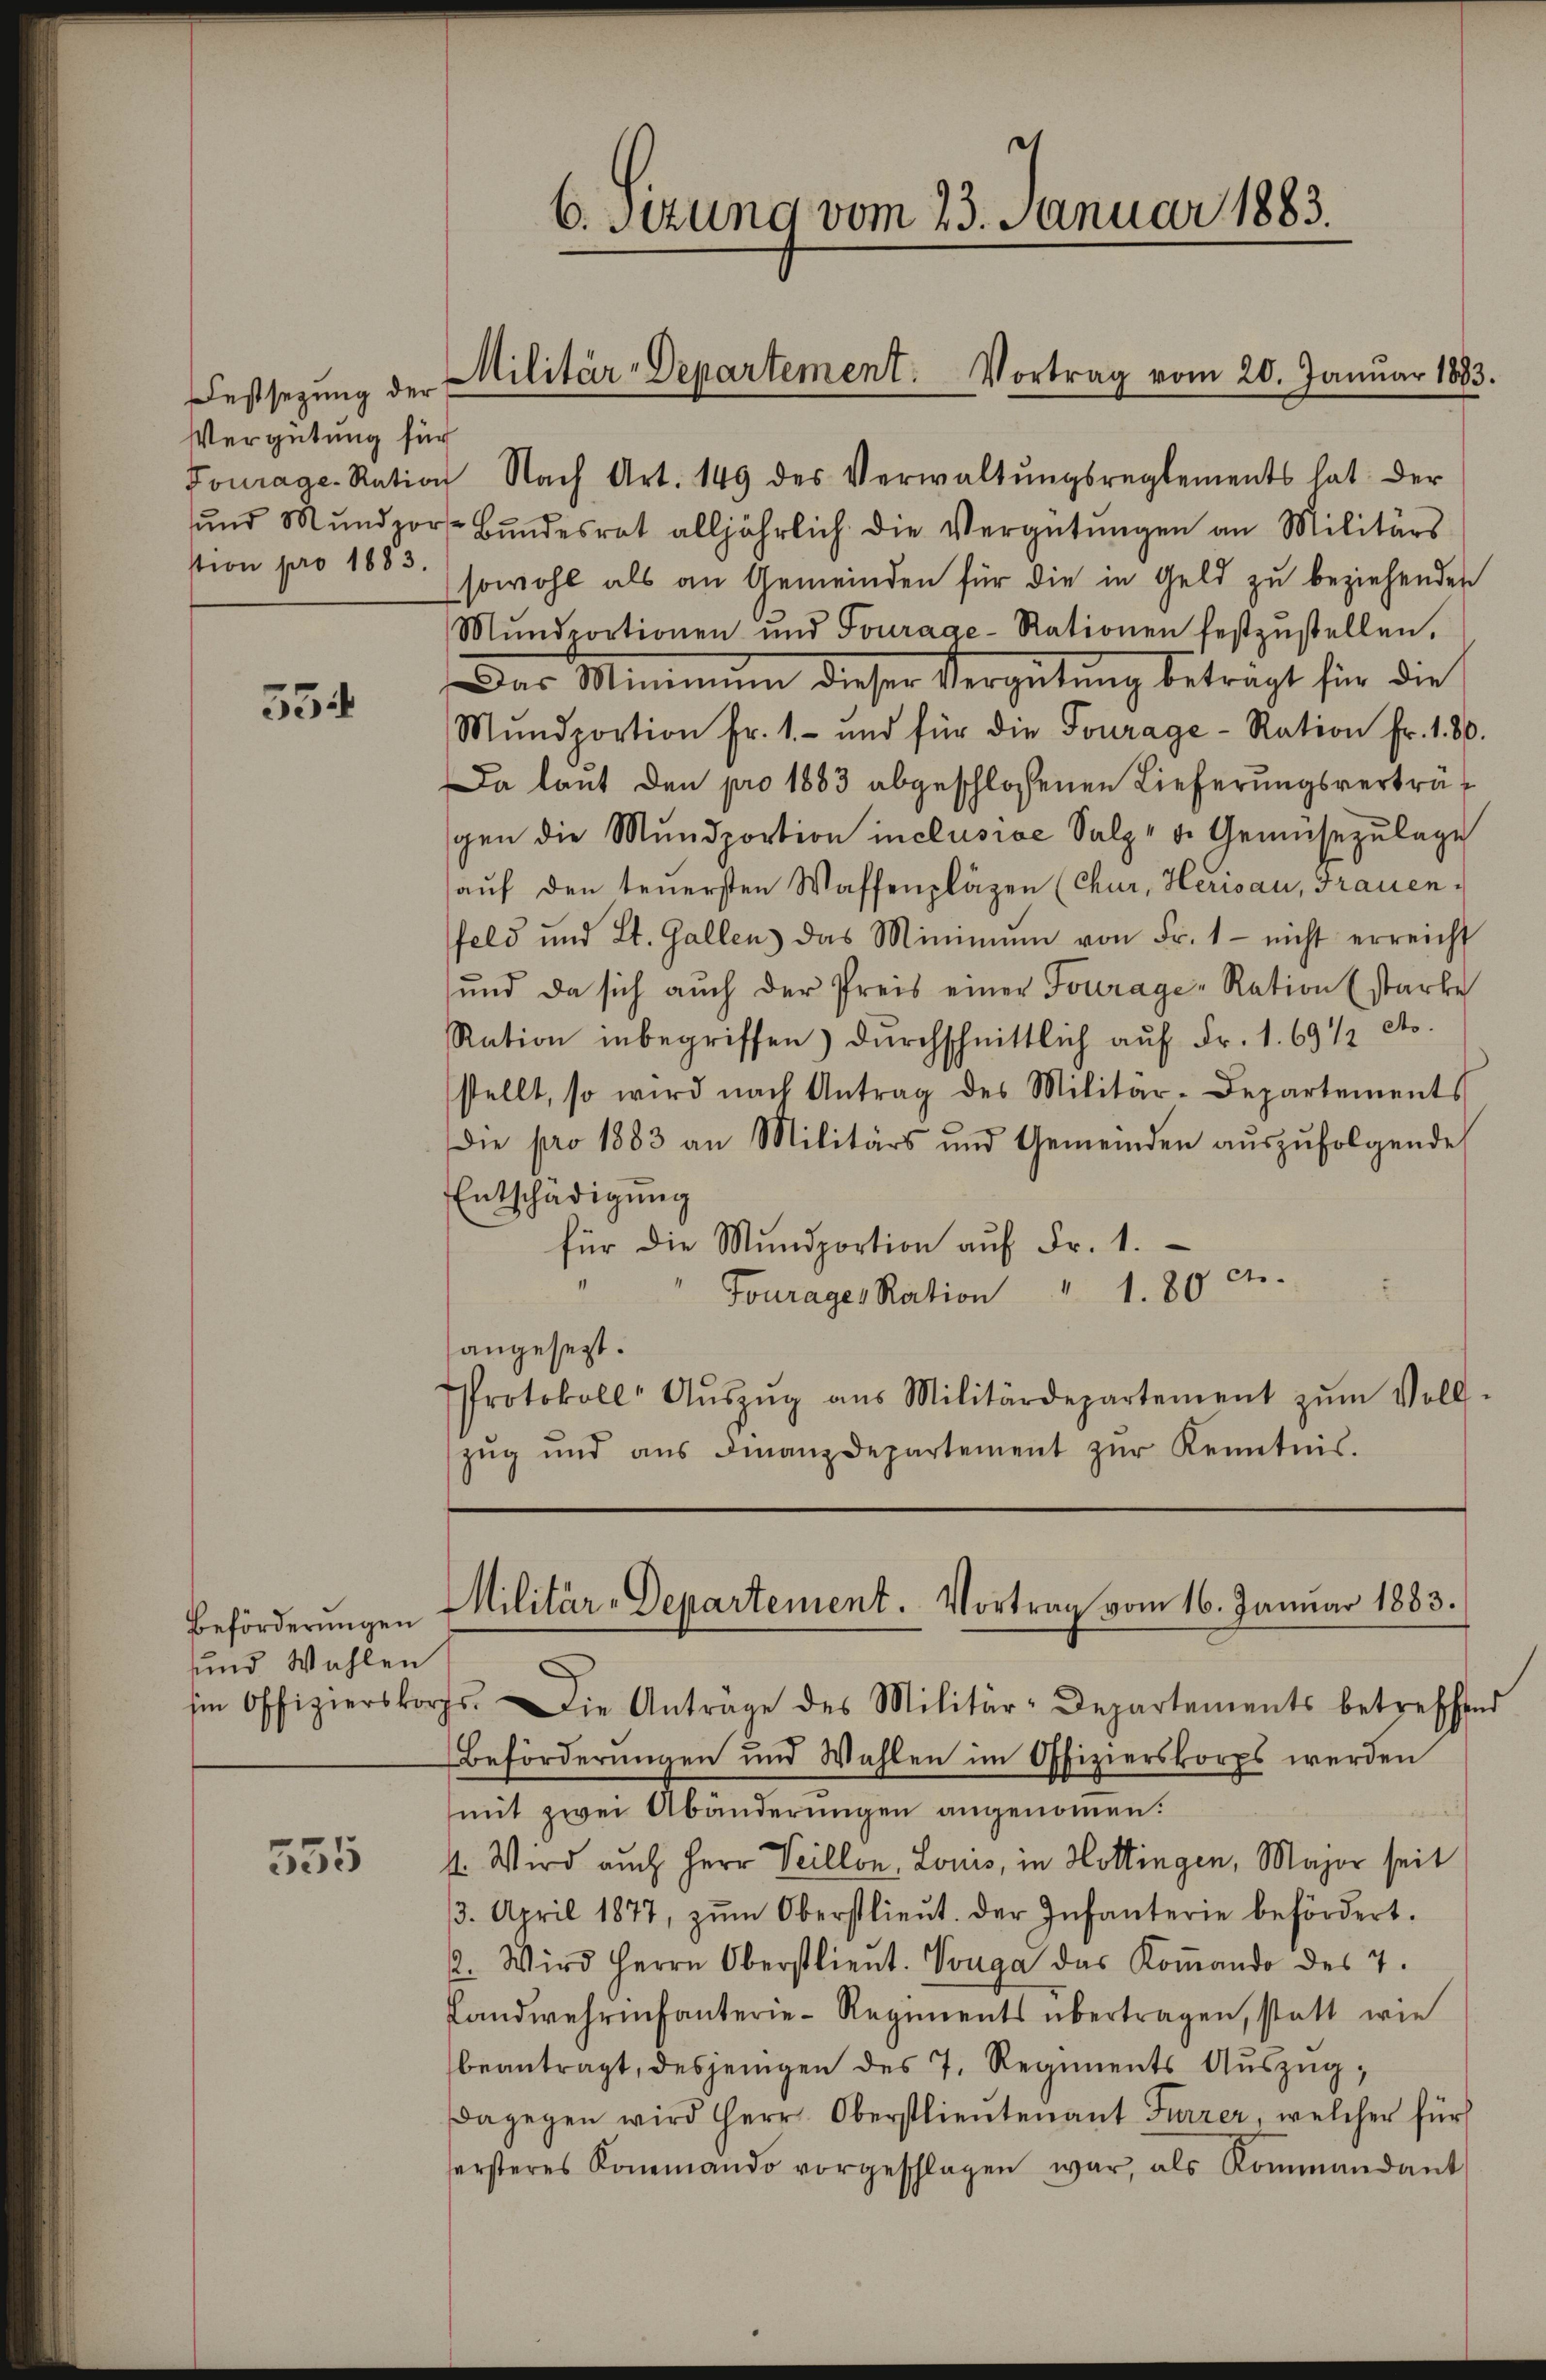
Festsezung der
Vergütung für

554

Beförderungen
und Wahlen

555

Fourage. Ration Nach Art. 149 des Verwaltŭngsreglements hat der
ŭnd Mŭndzors Bŭndesrat alljährlich die Vergütŭngen an Militärs
stion pro 1883 sowohl als an Gemeinden für die in Geld zŭ beziehenden
Mŭndcortionen und Fourage-Rationen festzŭstellen.
Das Minimum dieser Vergütung beträgt für die
Mŭndportion fr. 1.- und für die Fourage - Ration fr. 180.
Da laut den pro 1883 abgeschlossenen Lieferungsverträgen die Mŭndportion inclusive Salz, d. Gemüsezulage
aŭf den teuersten Waffenplägen (Chur, Herisau, Frauen.
fels und St. Gallen das Minimŭm von Fr. 1 - nicht erreicht
und da sich auch der Preis einer Fourage-Ration Estarke
Ration inbegriffen) dŭrchschnittlich aŭf Fr. 1. 69 1/2 dto.
stellt, so wird nach Antrag des Militär-Departements
Die pro 1883 an Militärs und Gemeinden aŭszŭfolgende
Entschädigung
für die Mŭndportion aŭf Fr. 1.
Fourages Ration " 180 f.
angesezt.
Protokoll Aŭszŭg aŭs Militärdepartement zŭm Voll-
zŭg und aŭs Finanzdepartement zŭr Kenntnis.

6. Setzung vom 23. Januar 1883.

Militär-Departement. Vortrag vom 20. Janŭar 1883.

Militär-Departement. Vortrag vom 16. Januar 1883.

sm Offizierskorps. Die Antrage des Militär-Departements betreffend
Beförderungen und Wahlen im Offizierskorps werden
mit zwei Abänderungen angenommen.
4. Wird auch Herr Villon, Louis, in Hottingen, Major seit
/3. April 1877, zŭm Oberstlieŭt. der Infanterie befördert.
2. Wird Herrn Oberstlieŭt. Vonga das Koṁando des 7.
Landwehrenfanterie-Regiments übertragen, statt wie
beantragt, desjenigen des 7. Regiments Auszug,
dagegen wird Herr Oberstlieŭtenant Furrer, welcher für
sersteres Konemando vorgeschlagen war, als Kommandant